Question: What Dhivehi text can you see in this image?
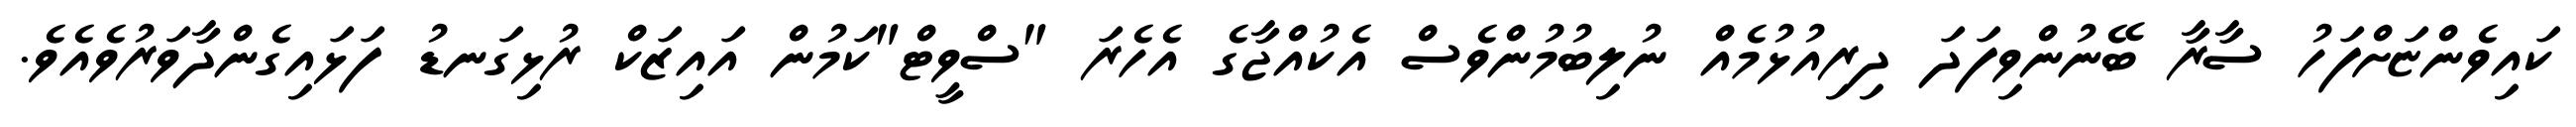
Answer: ކައިވެންޏަށްފަހު ސާރާ ބޭނުންވިފަދަ ދިރިއުޅުމެއް ނުލިބުމުންވެސް އެކުއްޖާގެ އެހެރަ "ސްވީޓް"ކަމުން އައިޒަކް ރުޅިގަނޑު ފަޅައިގެންދާވަރުވެއެވެ.